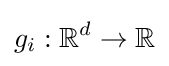
g_{i}:\mathbb {R} ^{d}\to \mathbb {R}